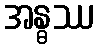
အန္ဓဿ